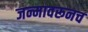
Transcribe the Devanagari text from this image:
जन्मावरूनच